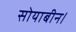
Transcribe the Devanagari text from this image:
सोयाबीन।